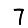
Digit: 7